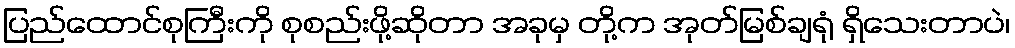
ပြည်ထောင်စုကြီးကို စုစည်းဖို့ဆိုတာ အခုမှ တို့က အုတ်မြစ်ချရုံ ရှိသေးတာပဲ၊